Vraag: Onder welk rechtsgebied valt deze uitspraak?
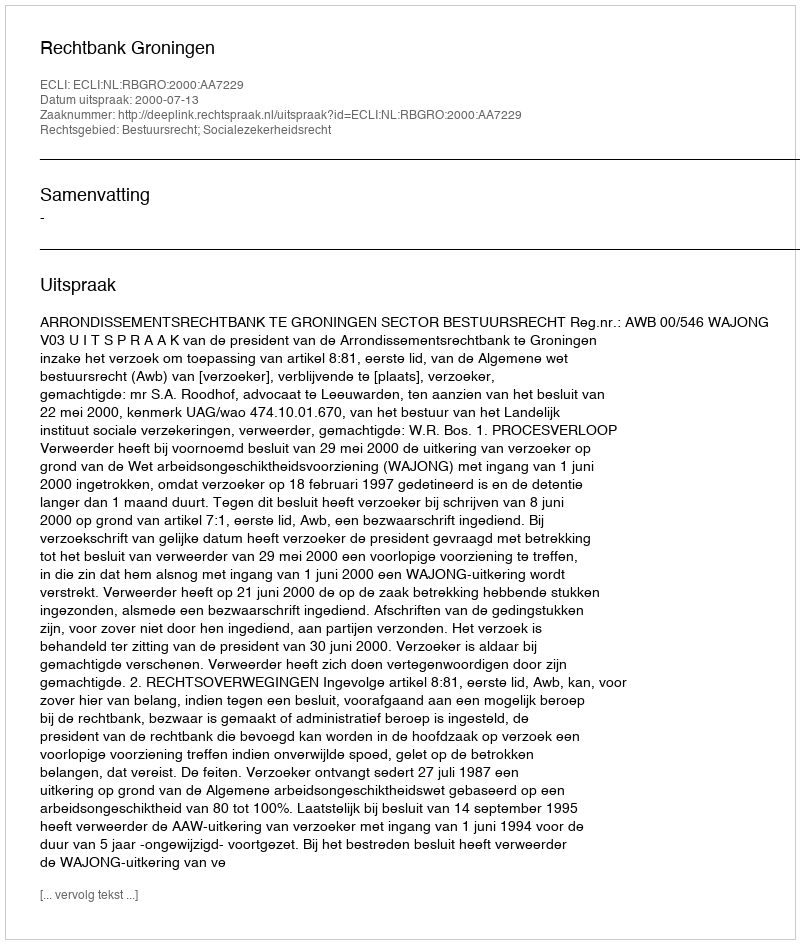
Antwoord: Bestuursrecht; Socialezekerheidsrecht